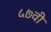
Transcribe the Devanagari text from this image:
५७वी